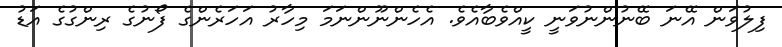
ފިލުވަން އޭނަ ބޭނުންނުވަނީ ކީއްވެބާއެވެ. އެހެންނޫންނަމަ މިހާރު އަހަރެންގެ ފޯނުގެ ރިންގުގެ އަޑު